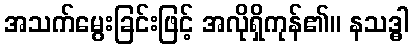
အသက်မွေးခြင်းဖြင့် အလိုရှိကုန်၏။ နသဒ္ဓါ